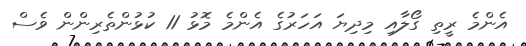
އެންމެ ރީތި ގޯލާއި މިދިޔަ އަހަރުގެ އެންމެ މޮޅު 11 ކުޅުންތެރިންން ވެސް